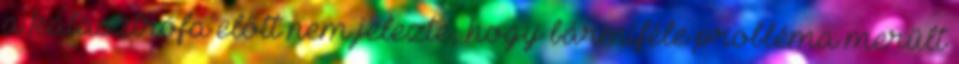
a katasztrófa előtt nem jelezte, hogy bármiféle probléma merült